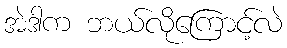
အဲဒါက ဘယ်လိုကြောင့်လဲ